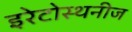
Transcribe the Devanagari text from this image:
इरेटोस्थनीज